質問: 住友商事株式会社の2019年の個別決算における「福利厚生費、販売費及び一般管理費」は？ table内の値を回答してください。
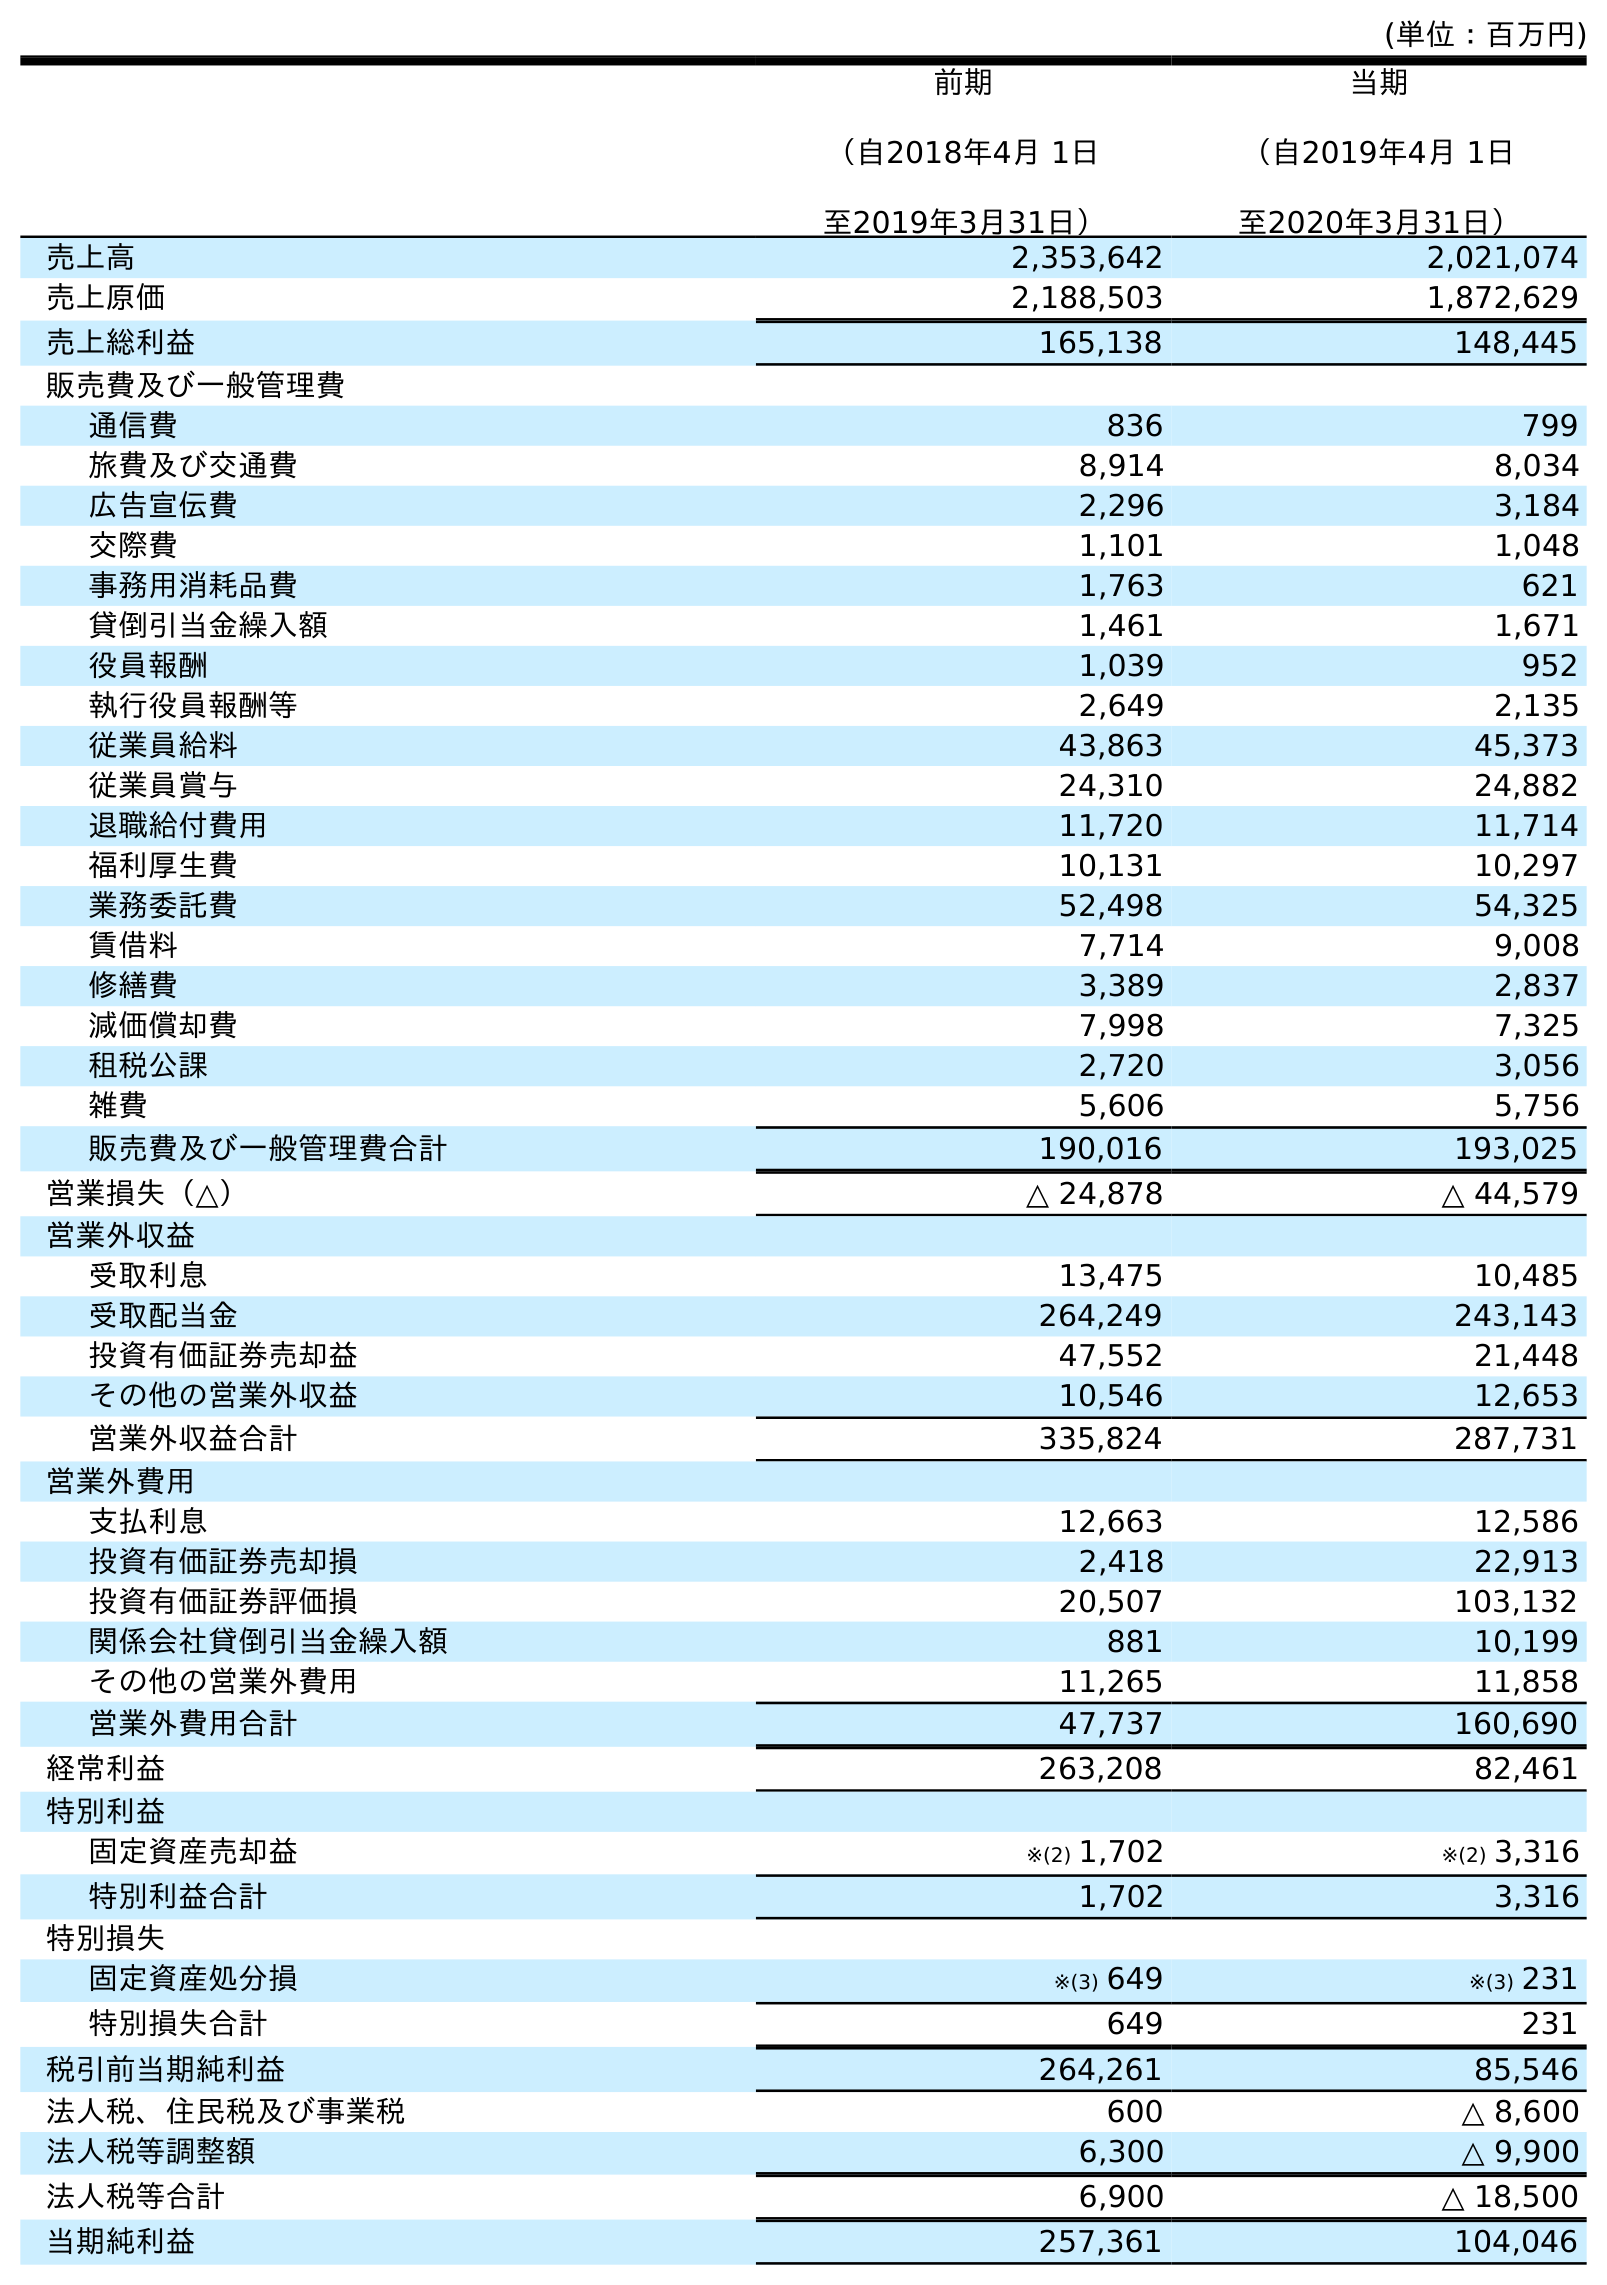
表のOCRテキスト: (単位：百万円) 前期 （自2018年4月 1日 至2019年3月31日） 当期 （自2019年4月 1日 至2020年3月31日） 売上高 2,353,642 2,021,074 売上原価 2,188,503 1,872,629 売上総利益 165,138 148,445 販売費及び一般管理費 通信費 836 799 旅費及び交通費 8,914 8,034 広告宣伝費 2,296 3,184 交際費 1,101 1,048 事務用消耗品費 1,763 621 貸倒引当金繰入額 1,461 1,671 役員報酬 1,039 952 執行役員報酬等 2,649 2,135 従業員給料 43,863 45,373 従業員賞与 24,310 24,882 退職給付費用 11,720 11,714 福利厚生費 10,131 10,297 業務委託費 52,498 54,325 賃借料 7,714 9,008 修繕費 3,389 2,837 減価償却費 7,998 7,325 租税公課 2,720 3,056 雑費 5,606 5,756 販売費及び一般管理費合計 190,016 193,025 営業損失（△） △ 24,878 △ 44,579 営業外収益 受取利息 13,475 10,485 受取配当金 264,249 243,143 投資有価証券売却益 47,552 21,448 その他の営業外収益 10,546 12,653 営業外収益合計 335,824 287,731 営業外費用 支払利息 12,663 12,586 投資有価証券売却損 2,418 22,913 投資有価証券評価損 20,507 103,132 関係会社貸倒引当金繰入額 881 10,199 その他の営業外費用 11,265 11,858 営業外費用合計 47,737 160,690 経常利益 263,208 82,461 特別利益 固定資産売却益 ※(2) 1,702 ※(2) 3,316 特別利益合計 1,702 3,316 特別損失 固定資産処分損 ※(3) 649 ※(3) 231 特別損失合計 649 231 税引前当期純利益 264,261 85,546 法人税、住民税及び事業税 600 △ 8,600 法人税等調整額 6,300 △ 9,900 法人税等合計 6,900 △ 18,500 当期純利益 257,361 104,046
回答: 10,131